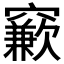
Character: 𱷙